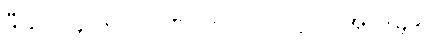
ဒီဃ-၁၄-၆၂။ ။ပဏ်-၁-ပါ-၇၊ ဋ္ဌ-ပ-အုပ်-၄၉။